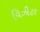
વિઝીટર